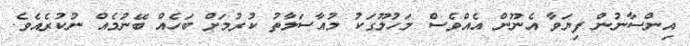
އިންސާނުން ފިޔަވާ އެނޫން އެއްވެސް މަހުލޫގަކު މުއާސަލާތު ކުރުމަށް ބަހެއް ބޭނުމެއް ނުކުރެއެވެ.